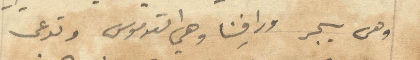
وهي سيجر ورافينا وهي القدموس وتدعى